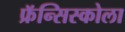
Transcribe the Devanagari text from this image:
फ्रॅन्सिस्कोला